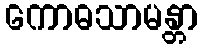
ကောဓသာမန္တာ